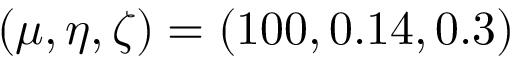
( \mu , \eta , \zeta ) = ( 1 0 0 , 0 . 1 4 , 0 . 3 )